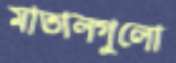
মাতালগুলো